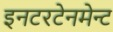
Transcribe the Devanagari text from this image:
इनटरटेनमेन्ट